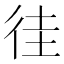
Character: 徍